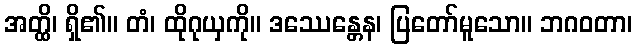
အတ္ထိ၊ ရှိ၏။ တံ၊ ထိုဂုယှကို။ ဒဿေန္တေန၊ ပြတော်မူသော။ ဘဂဝတာ၊